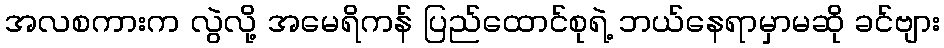
အလစကားက လွဲလို့ အမေရိကန် ပြည်ထောင်စုရဲ့ ဘယ်နေရာမှာမဆို ခင်ဗျား